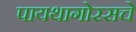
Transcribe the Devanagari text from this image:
पायथागोरसचे